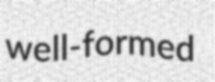
well-formed